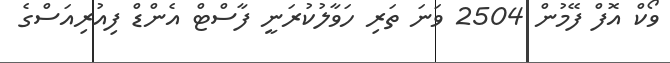
ވޯކް އޮފް ފޭމުން 2504 ވަނަ ތަރި ހަވާލުކުރަނީ ފާސްޓް އެންޑް ފިއުރިއަސްގެ